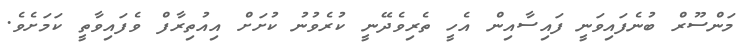
މަންސޫރް ބުނެފައިވަނީ ފައިސާއިން އެހީ ތެރިވެދޭނީ ކުރެވުނު ކުށަށް އިއުތިރާފް ވެފައިވާތީ ކަމަށެވެ.